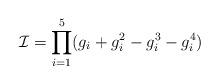
LaTeX: \begin{align*}{\cal I}=\prod_{i=1}^5 (g_i + g_i^2 -g_i^3 -g_i^4)\end{align*}